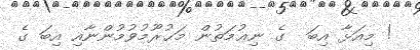
! މިއަޅާ އިބަ  ގެ ނިޢުމަތުން މަޙުރޫމުވުމުންނާއި އިބަ ގެ